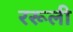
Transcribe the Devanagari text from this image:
ररूली